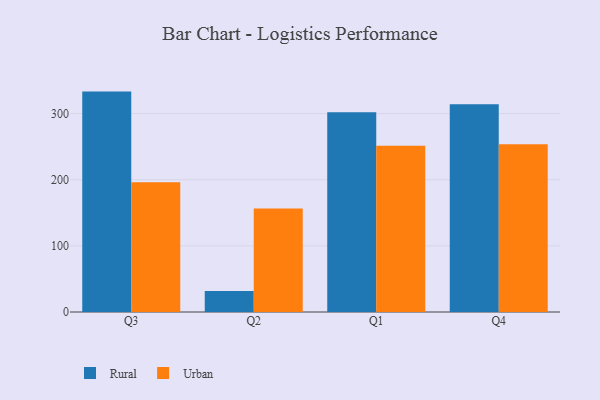
{"axis": {"x": "Quarter", "y": "Tickets Resolved"}, "legend": ["Rural", "Urban"], "data": [{"x": "Q3", "y": 333.3, "type": "Rural"}, {"x": "Q3", "y": 196.2, "type": "Urban"}, {"x": "Q2", "y": 31.7, "type": "Rural"}, {"x": "Q2", "y": 156.6, "type": "Urban"}, {"x": "Q1", "y": 301.9, "type": "Rural"}, {"x": "Q1", "y": 251.6, "type": "Urban"}, {"x": "Q4", "y": 314.1, "type": "Rural"}, {"x": "Q4", "y": 253.5, "type": "Urban"}]}